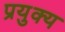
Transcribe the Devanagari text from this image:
प्रयुक्य